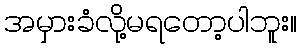
အမှားခံလို့မရတော့ပါဘူး။